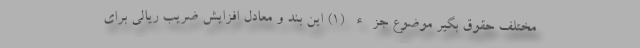
مختلف حقوق بگیر موضوع جزء (۱) این بند و معادل افزایش ضریب ریالی برای